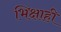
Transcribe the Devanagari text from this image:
भिक्षाही